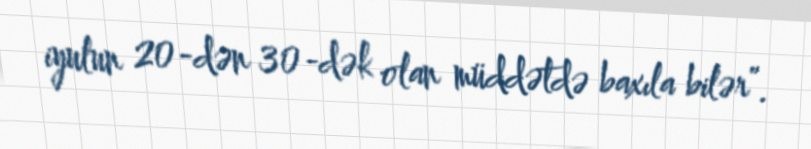
iyulun 20-dən 30-dək olan müddətdə baxıla bilər”.